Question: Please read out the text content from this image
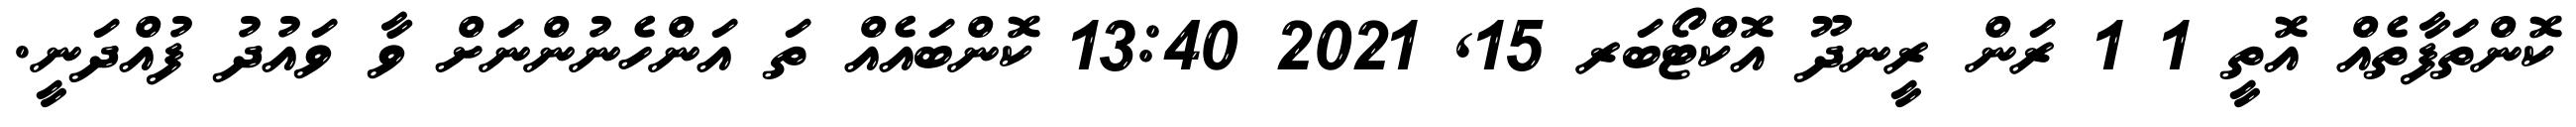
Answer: ކޮންތަފާތެއް އޮތީ 1 1 ރަން ރީނދޫ އޮކްޓޯބަރ 15, 2021 13:40 ކޮންބައެއް ތަ އަންހެނުންނަށް ވާ ވައުދު ފުއްދަނީ.